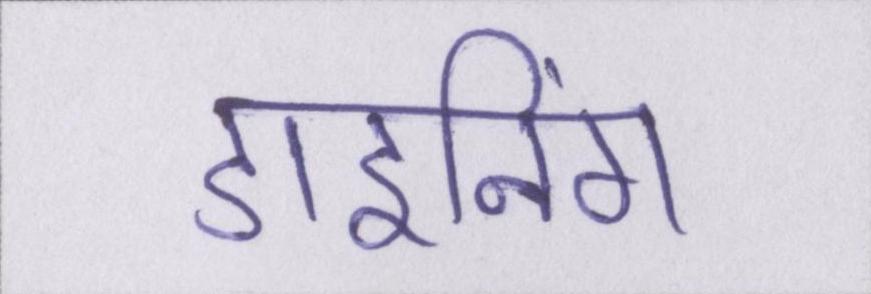
डाइनिंग